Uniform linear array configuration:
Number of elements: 4
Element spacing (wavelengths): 0.25
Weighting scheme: hann
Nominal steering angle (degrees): -45
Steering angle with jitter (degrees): -46.673
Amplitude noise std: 0.05
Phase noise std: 0.05

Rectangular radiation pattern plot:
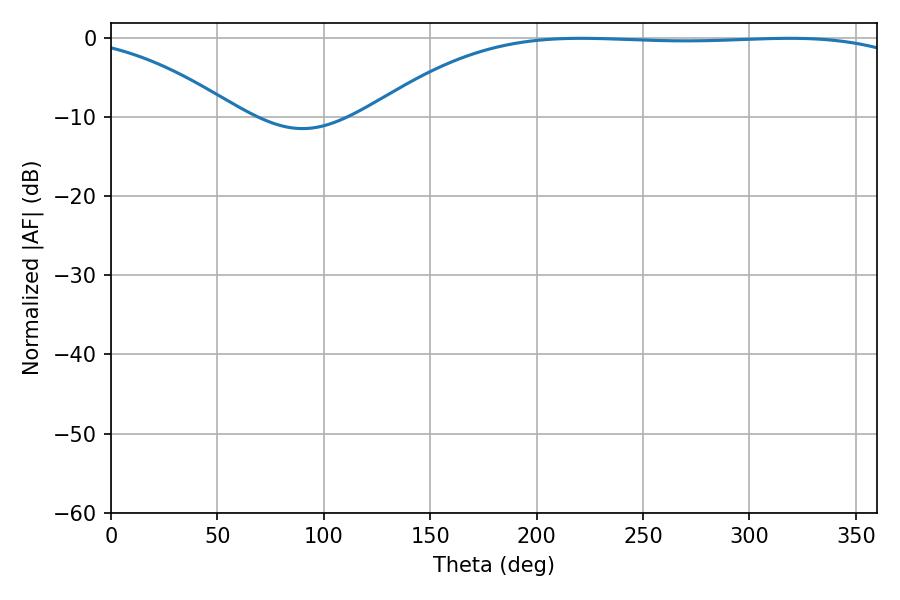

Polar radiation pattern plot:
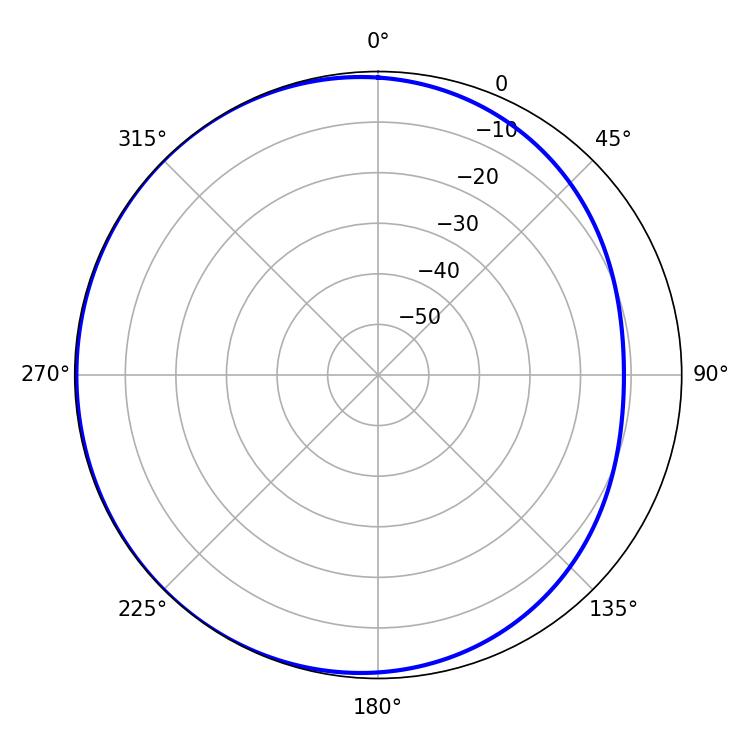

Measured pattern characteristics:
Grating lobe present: FALSE
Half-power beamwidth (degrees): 200.16
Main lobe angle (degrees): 220.86